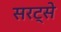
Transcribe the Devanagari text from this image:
सरट्से